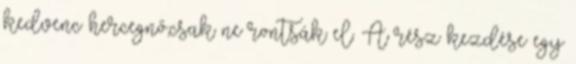
kedvenc hercegnő,csak ne rontsák el. A rész kezdése egy